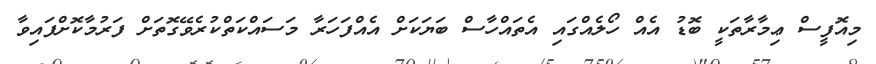
މިއޮފީސް ޢިމާރާތަކީ ބޮޑު އެއް ހޯލެއްގައި އެތައްހާސް ބަޔަކަށް އެއްފަހަރާ މަސައްކަތްކުރެވޭގޮތަށް ފަރުމާކޮށްފައިވާ